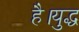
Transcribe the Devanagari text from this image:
है।युद्ध